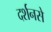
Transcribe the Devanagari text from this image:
दर्शनसे